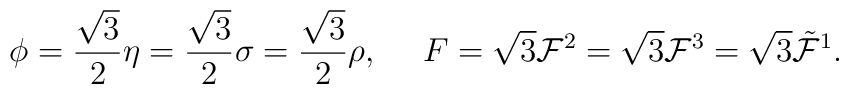
\phi={\sqrt{3}\over 2}\eta={\sqrt{3}\over 2}\sigma={\sqrt{3}\over 2}\rho, \ \ \ \ F=\sqrt{3}{\cal F}^2=\sqrt{3}{\cal F}^3=\sqrt{3}\tilde{\cal F}^1.